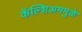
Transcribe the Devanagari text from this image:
कॅल्शिअममुळे